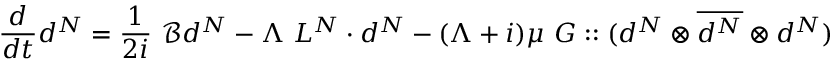
\frac { d } { d t } d ^ { N } = \frac { 1 } { 2 i } \ \mathcal { B } d ^ { N } - \Lambda \ L ^ { N } \cdot d ^ { N } - ( \Lambda + i ) \mu \ G : : ( d ^ { N } \otimes \overline { { d ^ { N } } } \otimes d ^ { N } )